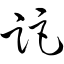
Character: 距